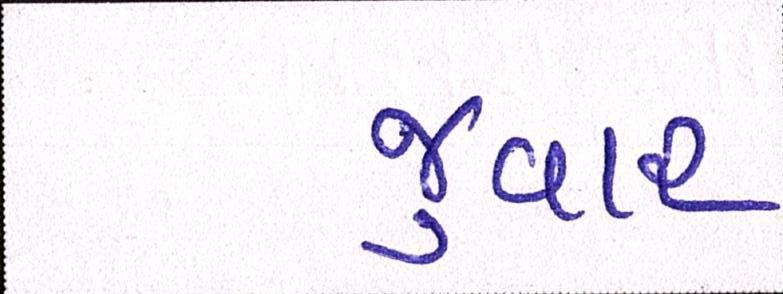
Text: જુવાર